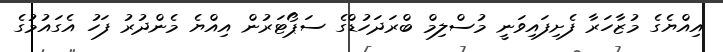
އިއްޔެގެ މުޒާހަރާ ފެށިފައިވަނީ މުސްލިމް ބްރަދަހުޑްގެ ސަޕޯޓަރުން އިއްޔެ މެންދުރު ފަހު އެގައުމުގެ